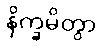
နိက္ခမိတွာ